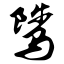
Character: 骘